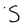
Character: S